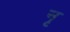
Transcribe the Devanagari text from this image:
नृ